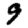
Digit: 9